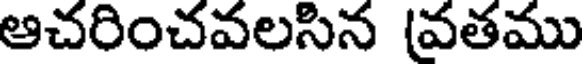
ఆచరించవలసిన (వతము